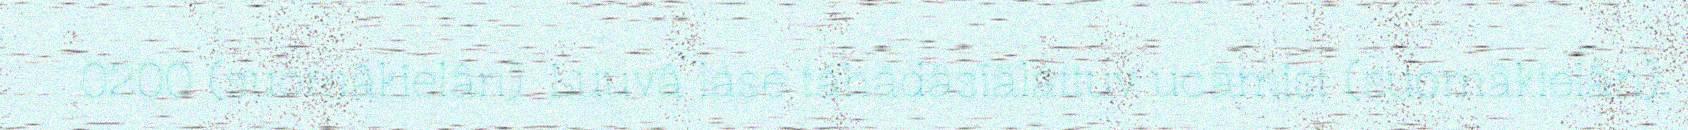
0200 (suomâkielân). Luuvâ lase táhádâsiäláttuv ucâmist (suomâkielân).